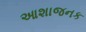
આશાજનક